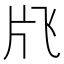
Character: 𱭙